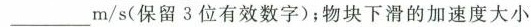
___m/s(保留3位有效数字)；物块下滑的加速度大小